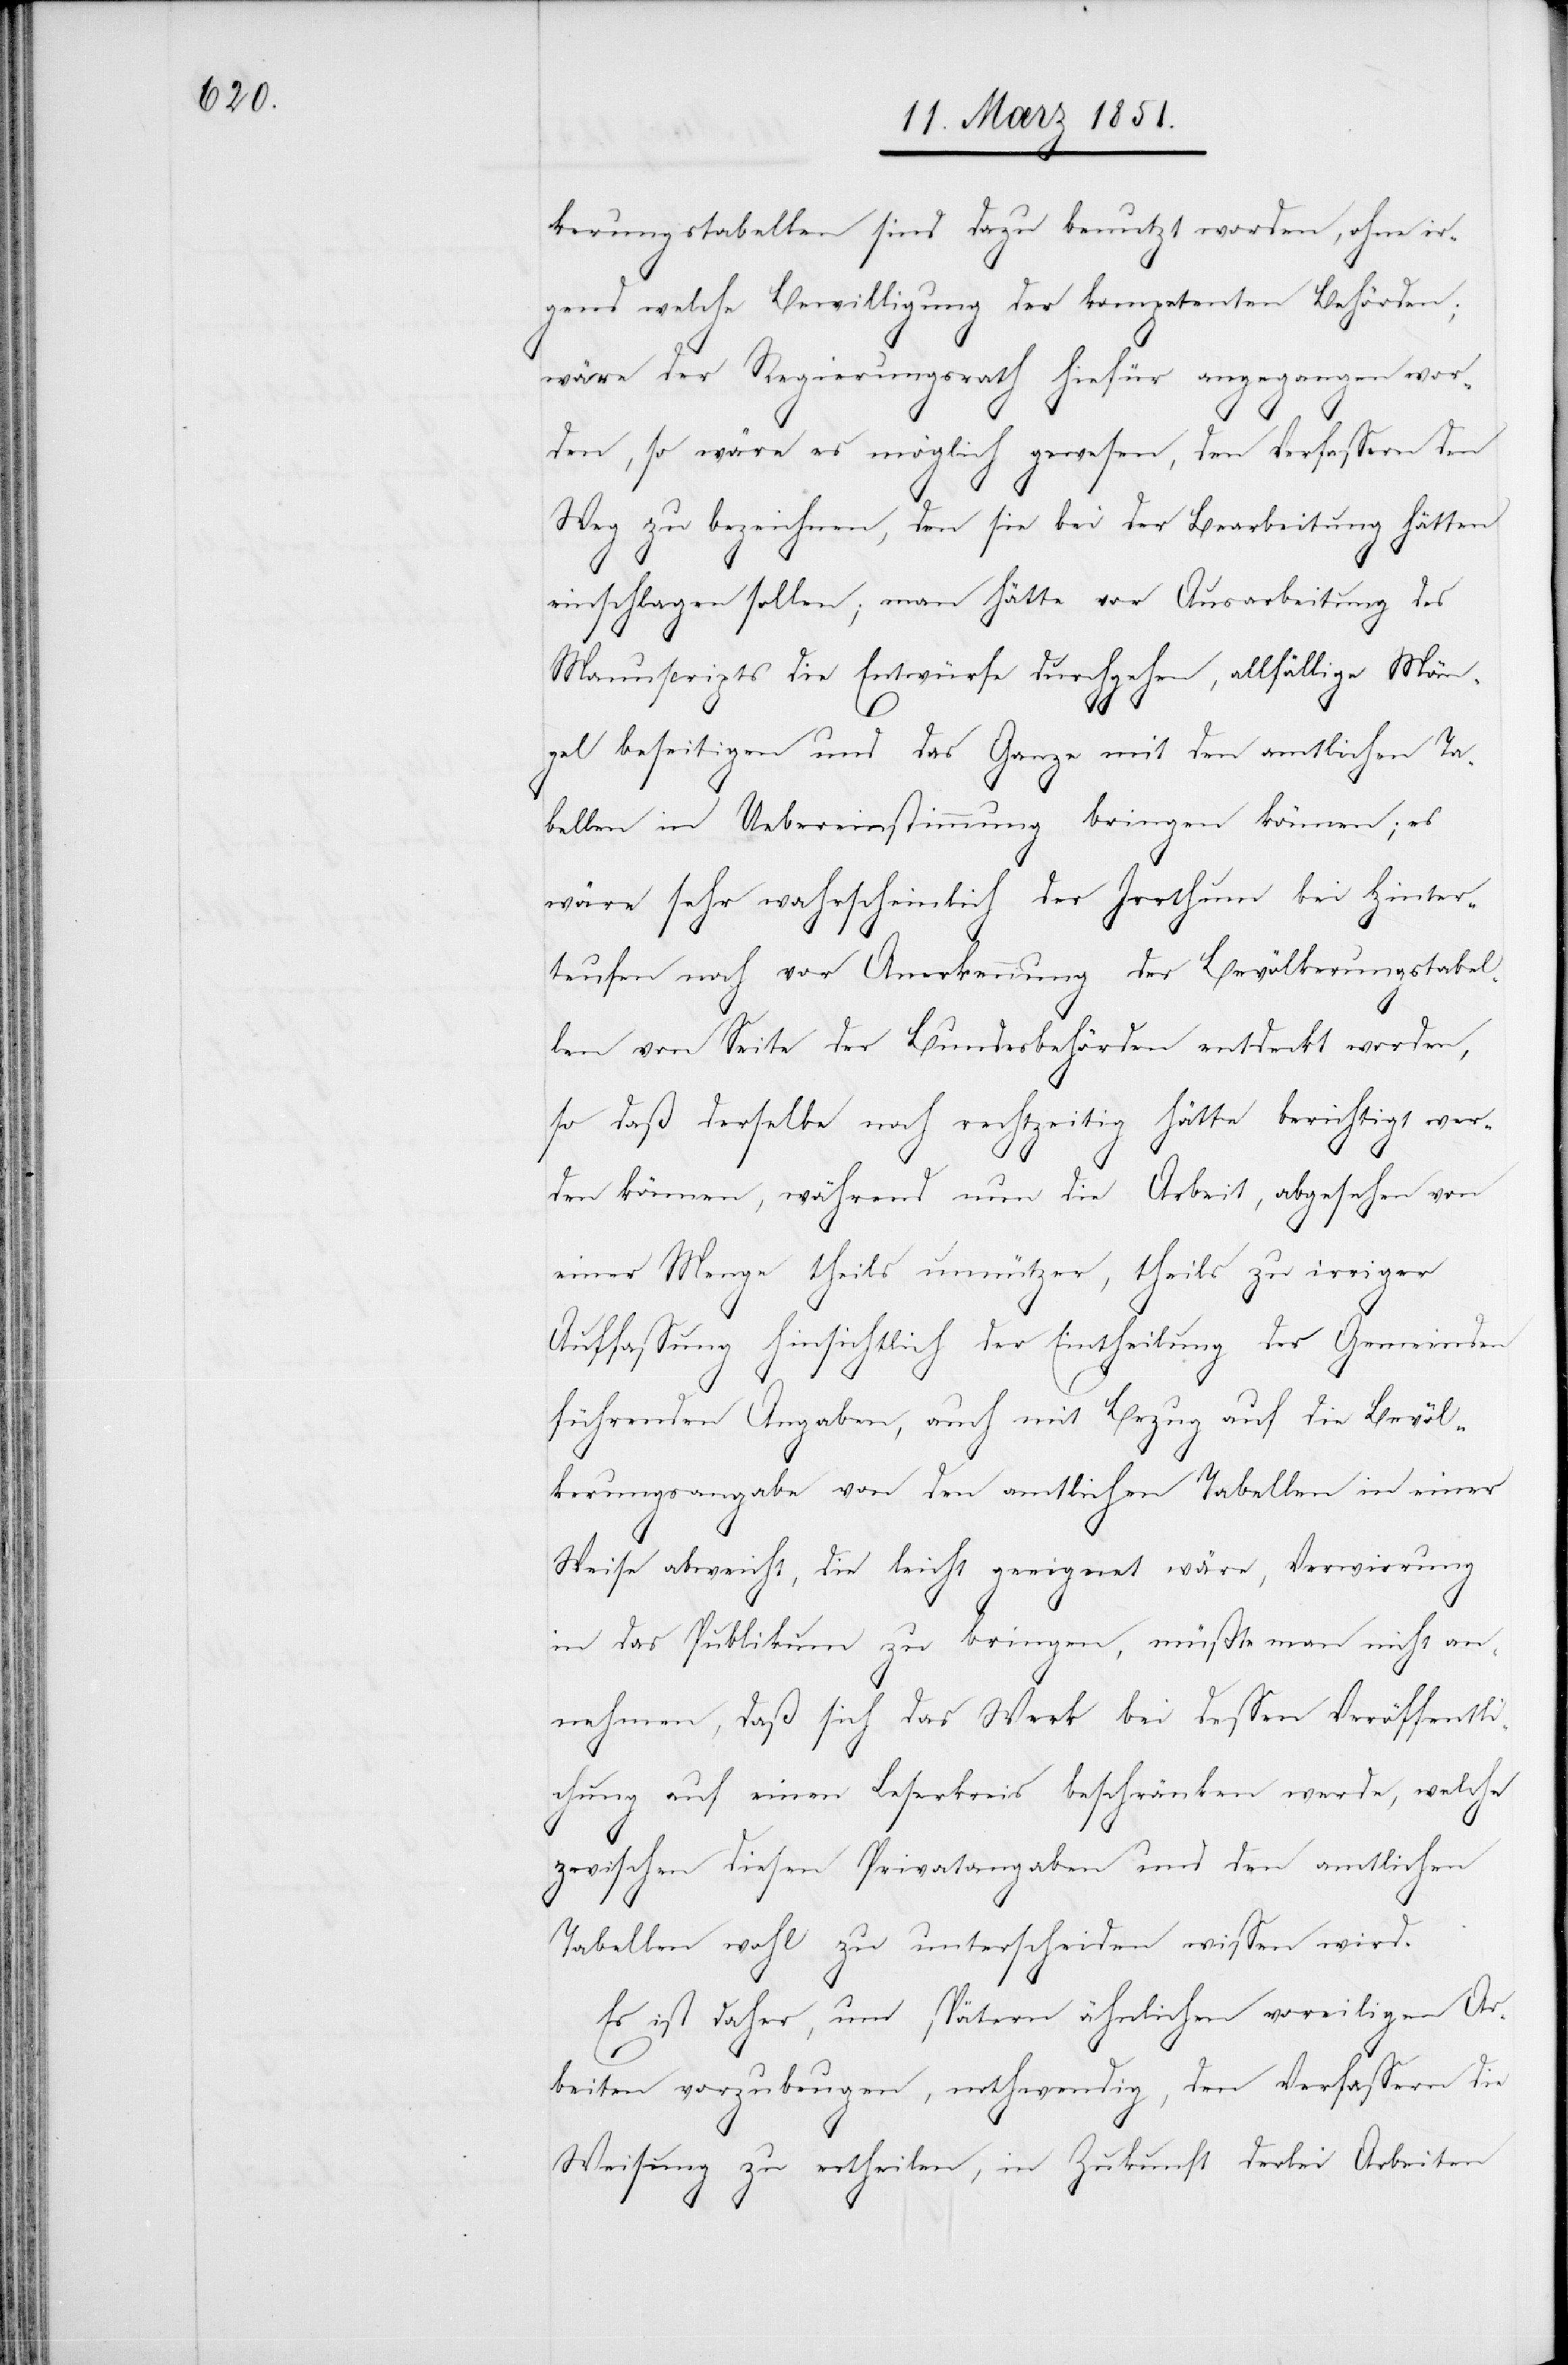
kerungstabellen sind dazu benutzt worden, ohne ir¬
gend welche Bewilligung der kompetenten Behörden;
wäre der Regierungsrath hiefür angegangen wor¬
den, so wäre es möglich gewesen, den Verfassern den
Weg zu bezeichnen, den sie bei der Bearbeitung hätten
einschlagen sollen; man hätte vor Ausarbeitung des
Manuscripts die Entwürfe durchgehen, allfällige Män¬
gel beseitigen und das Ganze mit den amtlichen Ta¬
bellen in Uebereinstimmung bringen können; es
wäre sehr wahrscheinlich der Irrthum bei Hinter¬
teufen noch vor Anerkennung der Bevölkerungstabel¬
len von Seite der Bundesbehörden entdeckt worden,
so daß derselbe noch rechtzeitig hätte berichtigt wer¬
den können, während nun die Arbeit, abgesehen von
einer Menge theils unnützer, theils zu irriger
Auffassung hinsichtlich der Eintheilung der Gemeinden
führenden Angaben, auch mit Bezug auf die Bevöl¬
kerungsangabe von den amtlichen Tabellen in einer
Weise abweicht, die leicht geeignet wäre, Verwirrung
in das Publikum zu bringen, müßte man nicht an¬
nehmen, daß sich das Werk bei dessen Veröffentli¬
chung auf einen Leserkreis beschränken werde, welche[r]
zwischen diesen Privatangaben und den amtlichen
Tabellen wohl zu unterscheiden wissen wird.
Es ist daher, um spätern ähnlichen voreiligen Ar¬
beiten vorzubeugen, nothwendig, den Verfassern die
Weisung zu ertheilen, in Zukunft derlei Arbeiten